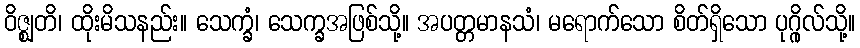
ဝိဇ္ဈတိ၊ ထိုးမိသနည်း။ သေက္ခံ၊ သေက္ခအဖြစ်သို့။ အပတ္တမာနသံ၊ မရောက်သော စိတ်ရှိသော ပုဂ္ဂိုလ်သို့။